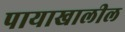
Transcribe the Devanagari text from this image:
पायाखालील